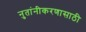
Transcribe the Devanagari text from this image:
नुतांनीकरणासाठी